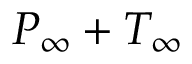
P _ { \infty } + T _ { \infty }